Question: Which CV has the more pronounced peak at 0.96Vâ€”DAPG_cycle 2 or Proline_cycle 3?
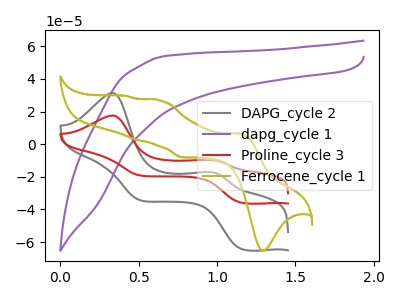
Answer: <think>The gray curve "DAPG_cycle 2" has anodic peaks at (0.35V, 31.35uA) (0.95V, -17.15uA) and cathodic peaks at (1.15V, -64.15uA) (0.50V, -34.30uA). The purple curve "dapg_cycle 1" has no peaks. The red curve "Proline_cycle 3" has anodic peaks at (0.35V, 17.55uA) (0.95V, -9.60uA) and cathodic peaks at (1.15V, -35.85uA) (0.50V, -19.15uA). The olive curve "Ferrocene_cycle 1" has anodic peaks at (1.15V, 6.45uA) (0.65V, 26.80uA) (0.50V, 2.70uA) (0.40V, 29.60uA) and cathodic peaks at (1.30V, -65.30uA) (0.75V, -8.00uA).</think>
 <answer>The peak at 0.96V is lower in "DAPG_cycle 2" than in "Proline_cycle 3".</answer>
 <eval>lower</eval>